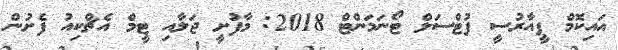
އައިކޮމް ޕީއާރުސީ ފުޓްސަލް ޓޯނަމަންޓް 2018: މާފުށީ ޖަލާއި ޓީމް އެޗްކިއު ފެށުން